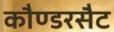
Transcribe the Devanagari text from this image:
कौण्डरसैट